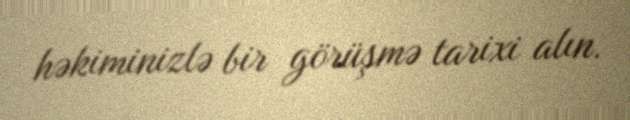
həkiminizlə bir görüşmə tarixi alın.